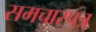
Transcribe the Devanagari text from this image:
समचारपत्र